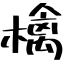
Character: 檎